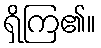
ရှိကြ၏။